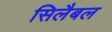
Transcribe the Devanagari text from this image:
सिलैबल